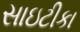
સાઇટીકા